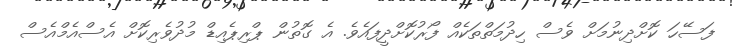
ފަސޭހަ ކޮށްދިނުމަށް ވެސް ހިދުމަތްތަކެއް ފޯރުކޮށްދީފައެވެ. އެ ގޮތުން ޕްރިޕެއިޑް މުދުވެރިކޮށް އެސްއެމްއެސް